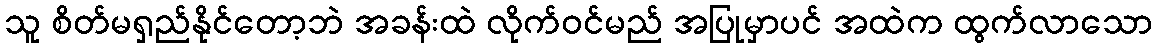
သူ စိတ်မရှည်နိုင်တော့ဘဲ အခန်းထဲ လိုက်ဝင်မည် အပြုမှာပင် အထဲက ထွက်လာသော